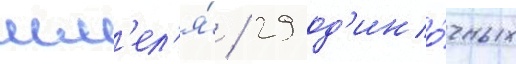
шм'ел'я́ / 29 од'ино́чных